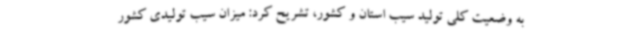
به وضعیت کلی تولید سیب استان و کشور، تشریح کرد: میزان سیب تولیدی کشور